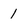
Character: 1